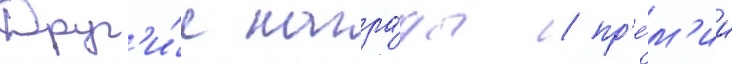
Друг'и́е награ́ды / пр'е́м'ии